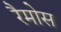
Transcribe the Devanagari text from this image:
रैमोस